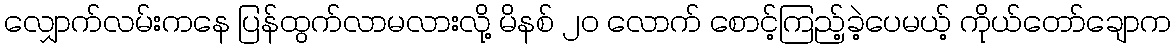
လျှောက်လမ်းကနေ ပြန်ထွက်လာမလားလို့ မိနစ် ၂၀ လောက် စောင့်ကြည့်ခဲ့ပေမယ့် ကိုယ်တော်ချောက